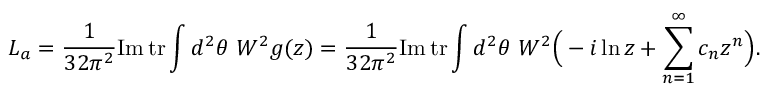
L _ { a } = \frac { 1 } { 3 2 \pi ^ { 2 } } \mathrm { I m } \, \mathrm { t r } \int d ^ { 2 } \theta \ W ^ { 2 } g ( z ) = \frac { 1 } { 3 2 \pi ^ { 2 } } \mathrm { I m } \, \mathrm { t r } \int d ^ { 2 } \theta \ W ^ { 2 } \Big ( - i \ln z + \sum _ { n = 1 } ^ { \infty } c _ { n } z ^ { n } \Big ) .